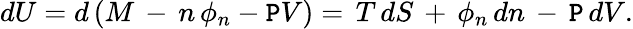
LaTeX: dU=d\left(M\, -\, n\, \phi_{n}-\mathtt{P}V\right)=\, T\, dS\, +\, \phi_{n}\, dn\, -\, \mathtt{P}\, dV.